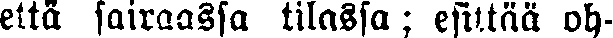
että sairaassa tilassa ; esittää oh-